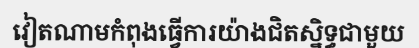
វៀតណាមកំពុងធ្វើការយ៉ាងជិតស្និទ្ធជាមួយ